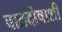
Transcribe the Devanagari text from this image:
वातदोषाशी